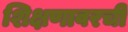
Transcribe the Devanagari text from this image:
शिक्षणावरची